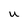
Character: U